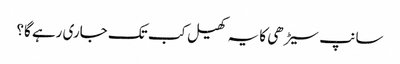
سانپ سیڑھی کا یہ کھیل کب تک جاری رہے گا؟